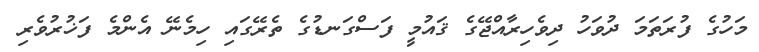
މަހުގެ ފުރަތަމަ ދުވަހު ދިވެހިރާއްޖޭގެ ޤައުމީ ފަސްގަނޑުގެ ތެރޭގައި ހިމެނޭ އެންމެ ފަޚުރުވެރި